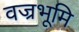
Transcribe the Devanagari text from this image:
वज्रभूमि